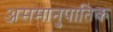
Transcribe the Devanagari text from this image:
असमानुपातिक